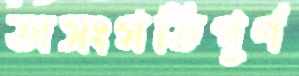
অসংগতিপূর্ণ